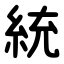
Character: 統